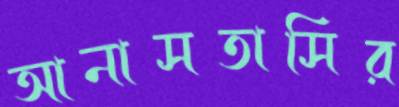
আনাসতাসির